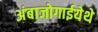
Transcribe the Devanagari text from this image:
अंबाजोगाईयेथे